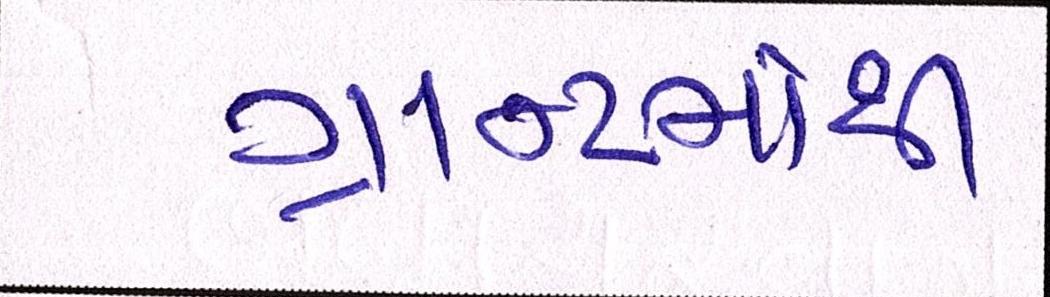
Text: ગ્રાન્ટમાંથી